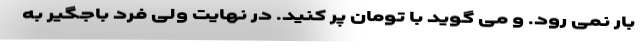
بار نمی رود. و می گوید با تومان پر کنید. در نهایت ولی فرد باجگیر به